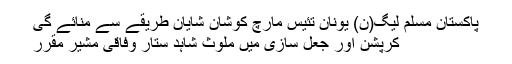
پاکستان مسلم لیگ(ن) یونان تئیس مارچ کوشان شایان طریقے سے منائے گی
کرپشن اور جعل سازی میں ملوث شاہد ستار وفاقی مشیر مقرر